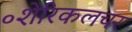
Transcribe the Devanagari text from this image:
॰शेरिकलचर